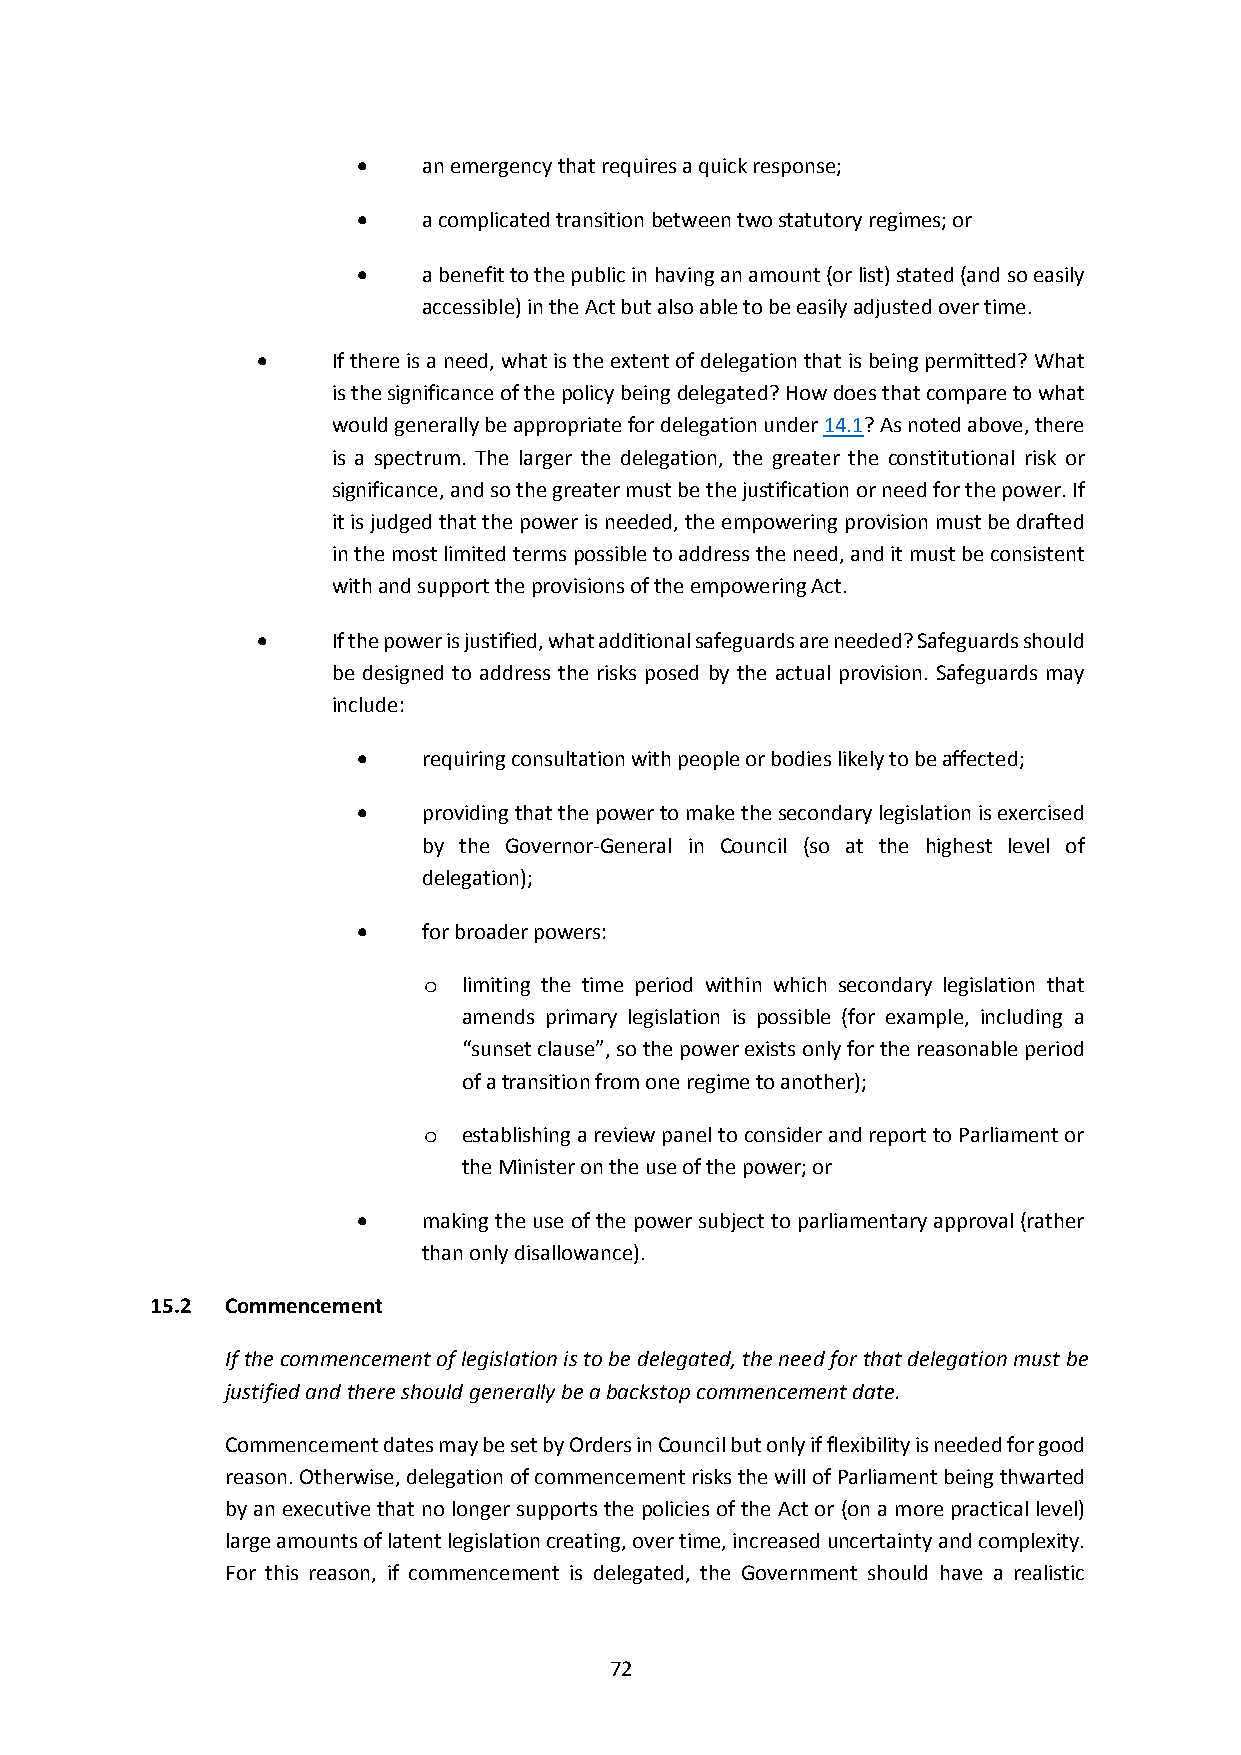
   an emergency that requires a quick response;
    a complicated transition between two statutory regimes; or
    a benefit to the public in having an amount (or list) stated (and so easily
 accessible) in the Act but also able to be easily adjusted over time.
     If there is a need, what is the extent of delegation that is being permitted? What
 is the significance of the policy being delegated? How does that compare to what
 would generally be appropriate for delegation under 14.1? As noted above, there
 is a spectrum. The larger the delegation, the greater the constitutional risk or
 significance, and so the greater must be the justification or need for the power. If
 it is judged that the power is needed, the empowering provision must be drafted
 in the most limited terms possible to address the need, and it must be consistent
 with and support the provisions of the empowering Act.
     If the power is justified, what additional safeguards are needed? Safeguards should
 be designed to address the risks posed by the actual provision. Safeguards may
 include:
    requiring consultation with people or bodies likely to be affected;
    providing that the power to make the secondary legislation is exercised
 by the Governor‐General in Council (so at the highest level of
 delegation);
    for broader powers:
 o  limiting the time period within which secondary legislation that
 amends primary legislation is possible (for example, including a
 “sunset clause”, so the power exists only for the reasonable period
 of a transition from one regime to another);
 o  establishing a review panel to consider and report to Parliament or
 the Minister on the use of the power; or
    making the use of the power subject to parliamentary approval (rather
 than only disallowance).
 15.2 Commencement
 If the commencement of legislation is to be delegated, the need for that delegation must be
 justified and there should generally be a backstop commencement date.
 Commencement dates may be set by Orders in Council but only if flexibility is needed for good
 reason. Otherwise, delegation of commencement risks the will of Parliament being thwarted
 by an executive that no longer supports the policies of the Act or (on a more practical level)
 large amounts of latent legislation creating, over time, increased uncertainty and complexity.
 For this reason, if commencement is delegated, the Government should have a realistic
 72